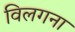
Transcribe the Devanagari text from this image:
विलगना